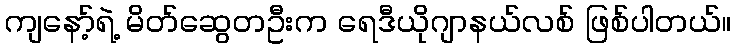
ကျနော့်ရဲ့ မိတ်ဆွေတဦးက ရေဒီယိုဂျာနယ်လစ် ဖြစ်ပါတယ်။